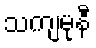
သကျမုနီ